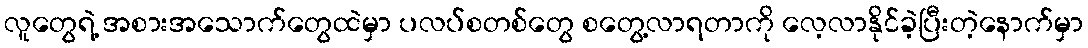
လူတွေရဲ့ အစားအသောက်တွေထဲမှာ ပလပ်စတစ်တွေ စတွေ့လာရတာကို လေ့လာနိုင်ခဲ့ပြီးတဲ့နောက်မှာ